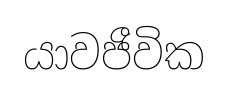
යාවජීවික